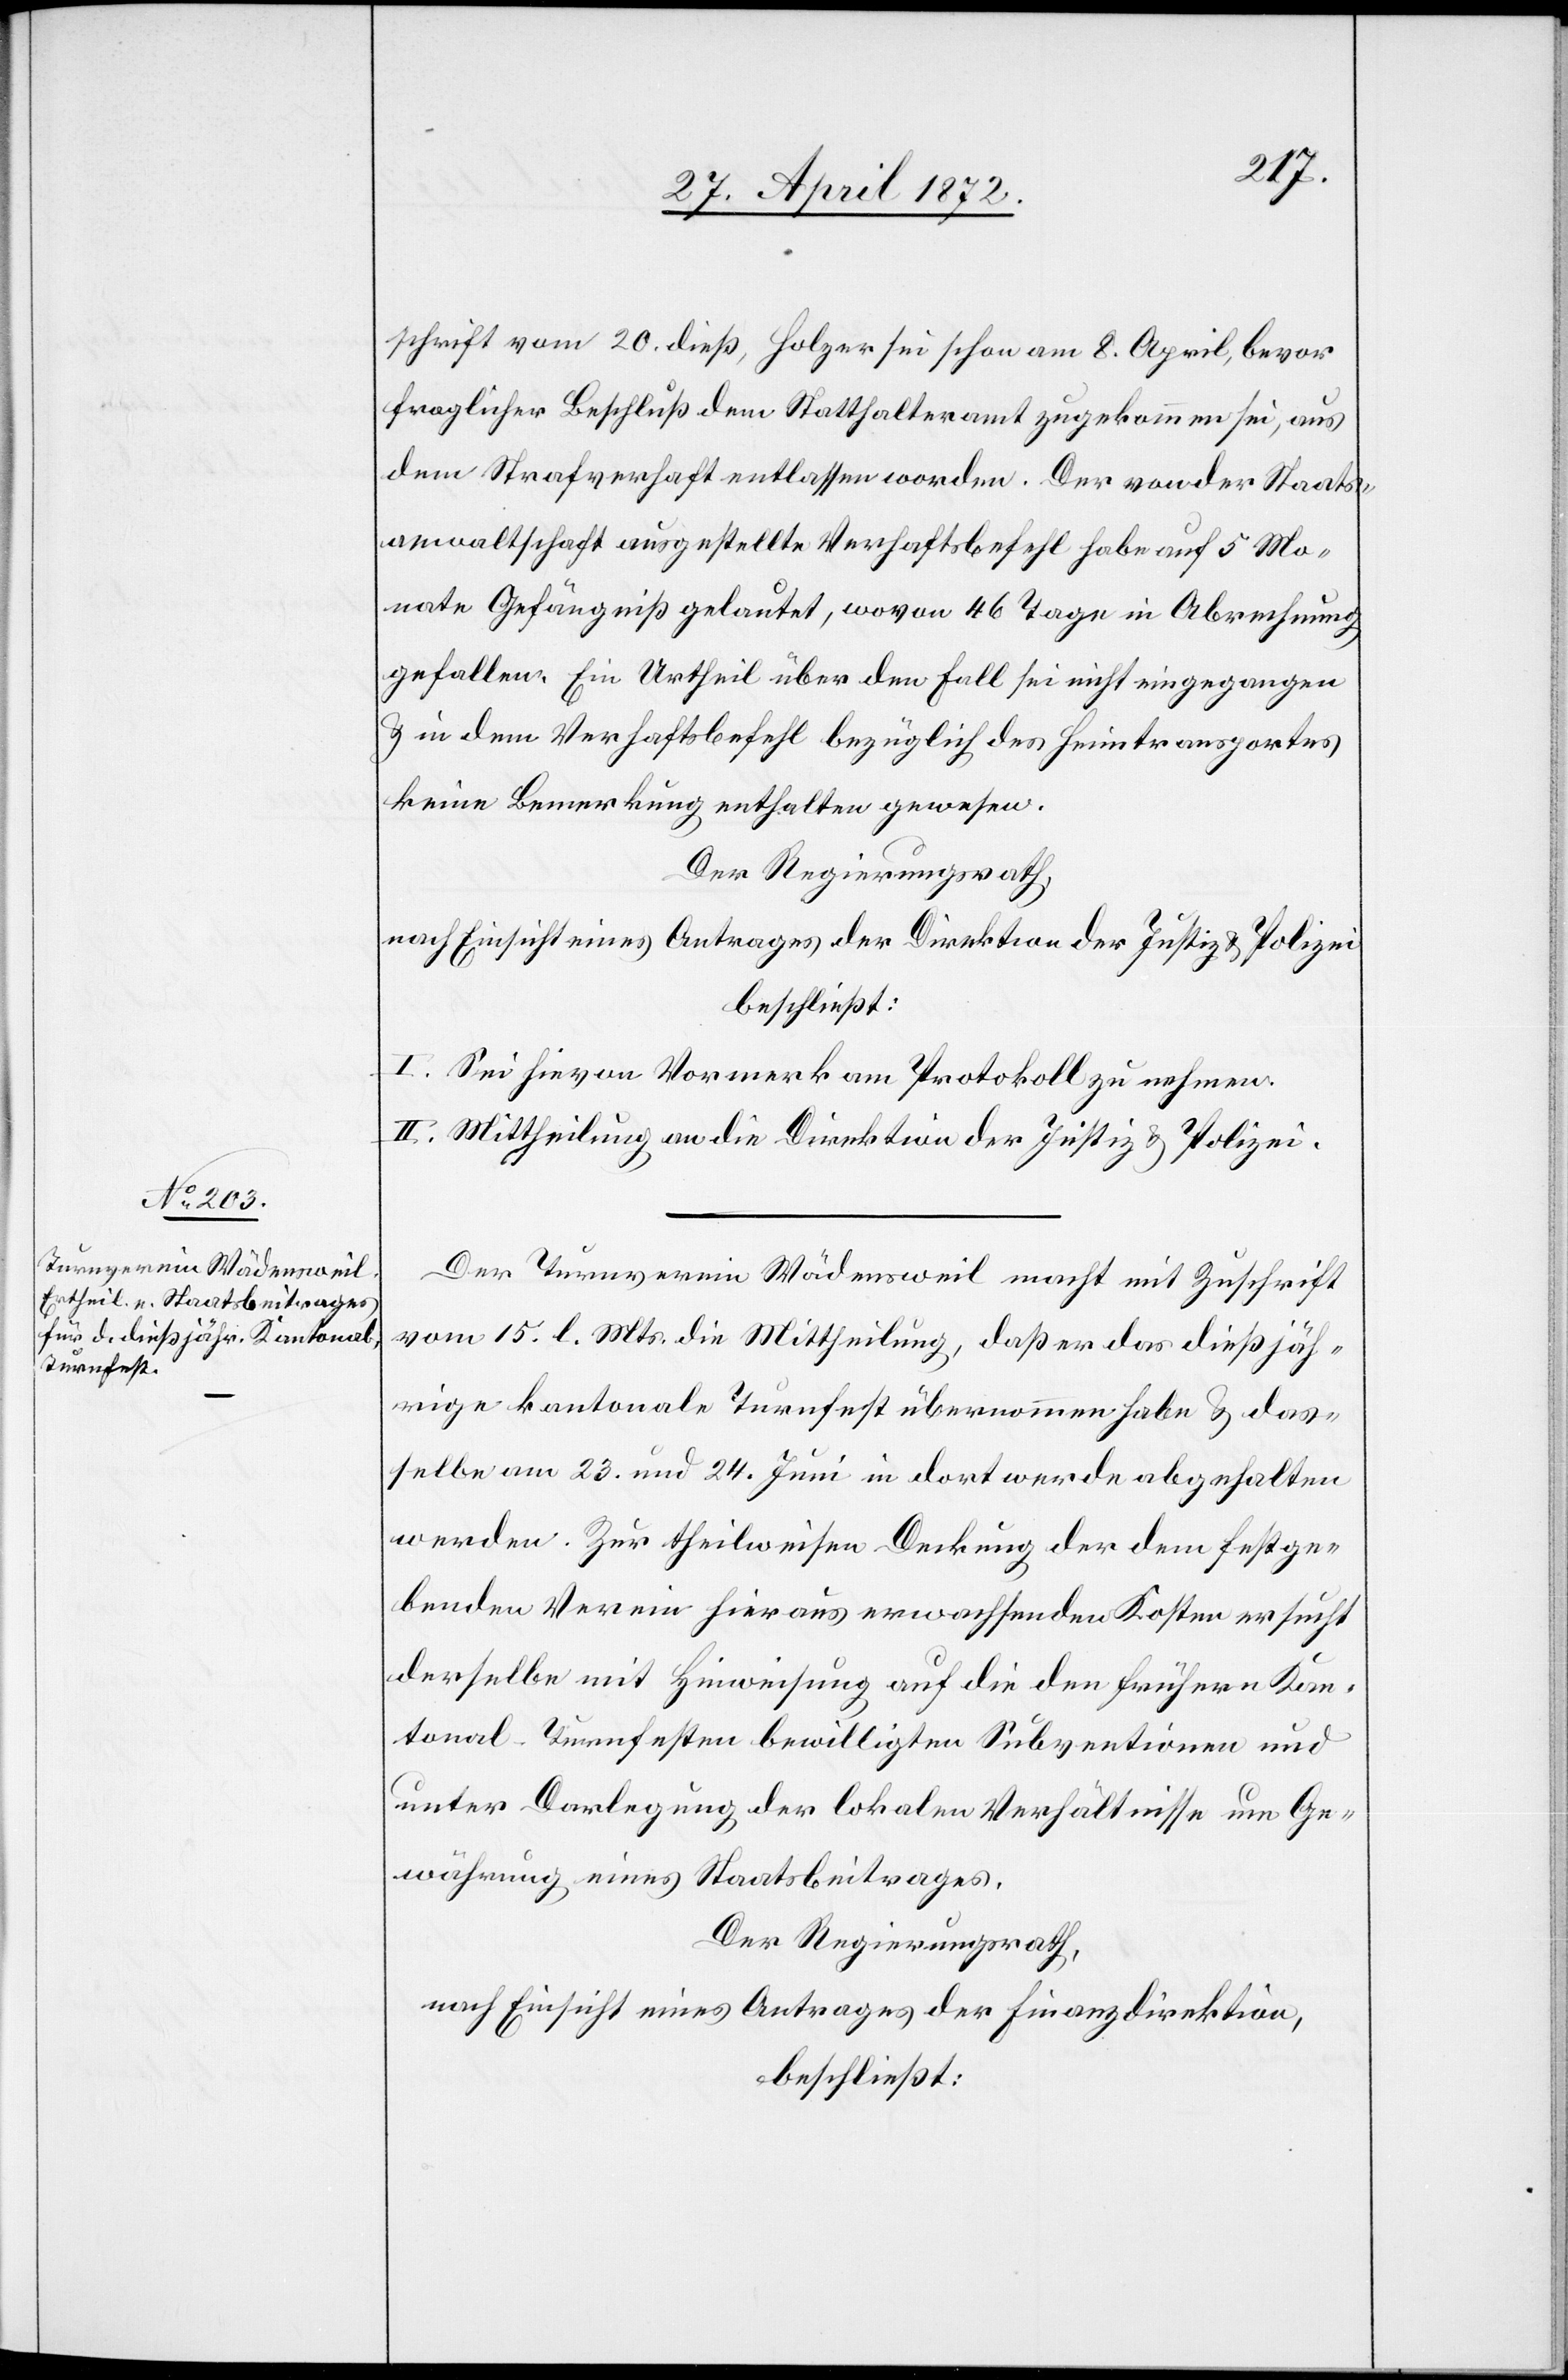
schrift vom 20. dieß, Holzer sei schon am 8. April, bevor
fraglicher Beschluß dem Statthalteramt zugekommen sei, aus
dem Strafverhaft entlassen worden. Der von der Staats¬
anwaltschaft ausgestellte Verhaftsbefehl habe auf 5 Mo¬
nate Gefängniß gelautet, wovon 46 Tage in Abrechnung
gefallen. Ein Urtheil über den Fall sei nicht eingegangen
u. in dem Verhaftsbefehl bezüglich des Heimtransportes
keine Bemerkung enthalten gewesen.
Der Regierungsrath,
nach Einsicht eines Antrages der Direktion der Justiz u. Polizei
beschließt:
I. Sei hievon Vormerk am Protokoll zu nehmen.
II. Mittheilung an die Direktion der Justiz u. Polizei.
Der Turnverein Wädensweil macht mit Zuschrift
vom 15. l. Mts. die Mittheilung, daß er das dießjäh¬
rige kantonale Turnfest übernommen habe u. das¬
selbe am 23. und 24. Juni in dort werde abgehalten
werden. Zur theilweisen Deckung der dem festge¬
benden Verein hieraus erwachsenden Kosten ersucht
derselbe mit Hinweisung auf die den frühern Kan¬
tonal-Turnfesten bewilligten Subventionen und
unter Darlegung der lokalen Verhältnisse um Ge¬
währung eines Staatsbeitrages.
Der Regierungsrath,
nach Einsicht eines Antrages der Finanzdirektion,
beschließt: